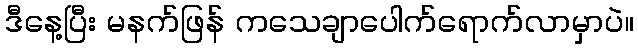
ဒီနေ့ပြီး မနက်ဖြန် ကသေချာပေါက်ရောက်လာမှာပဲ။